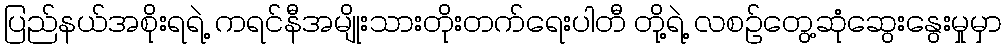
ပြည်နယ်အစိုးရရဲ့ ကရင်နီအမျိုးသားတိုးတက်ရေးပါတီ တို့ရဲ့ လစဉ်တွေ့ဆုံဆွေးနွေးမှုမှာ